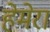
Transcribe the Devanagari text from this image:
हेमेरा